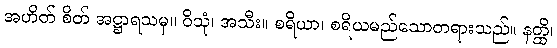
အဟိတ် စိတ် အဋ္ဌာရသမှ။ ဝိသုံ၊ အသီး။ စရိယာ၊ စရိယမည်သောတရားသည်။ နတ္ထိ၊